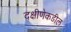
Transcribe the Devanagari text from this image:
दक्षीणेकडील